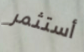
أستثمر